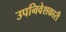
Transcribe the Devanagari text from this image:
उपनिवेशकारी